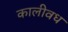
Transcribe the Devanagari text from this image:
कालीवध